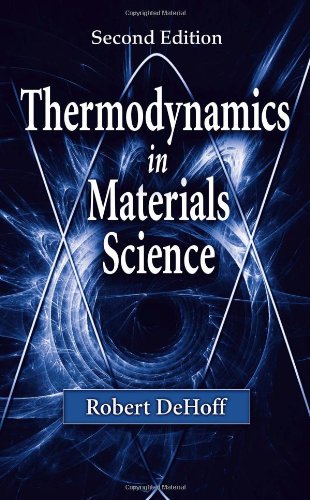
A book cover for Thermodynamics in Materials Science, Second Edition; Robert DeHoff; Science & Math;